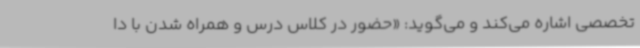
تخصصی اشاره می‌کند و می‌گوید: «حضور در کلاس درس و همراه شدن با دا